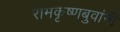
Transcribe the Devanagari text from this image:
रामकृष्णबुवांनी